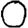
Digit: 0